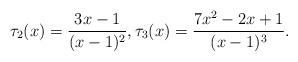
LaTeX: \begin{align*} \tau_2(x) = \frac{3x - 1}{(x-1)^2}, \tau_3(x) = \frac{7x^2 - 2x + 1}{(x-1)^3}.\end{align*}